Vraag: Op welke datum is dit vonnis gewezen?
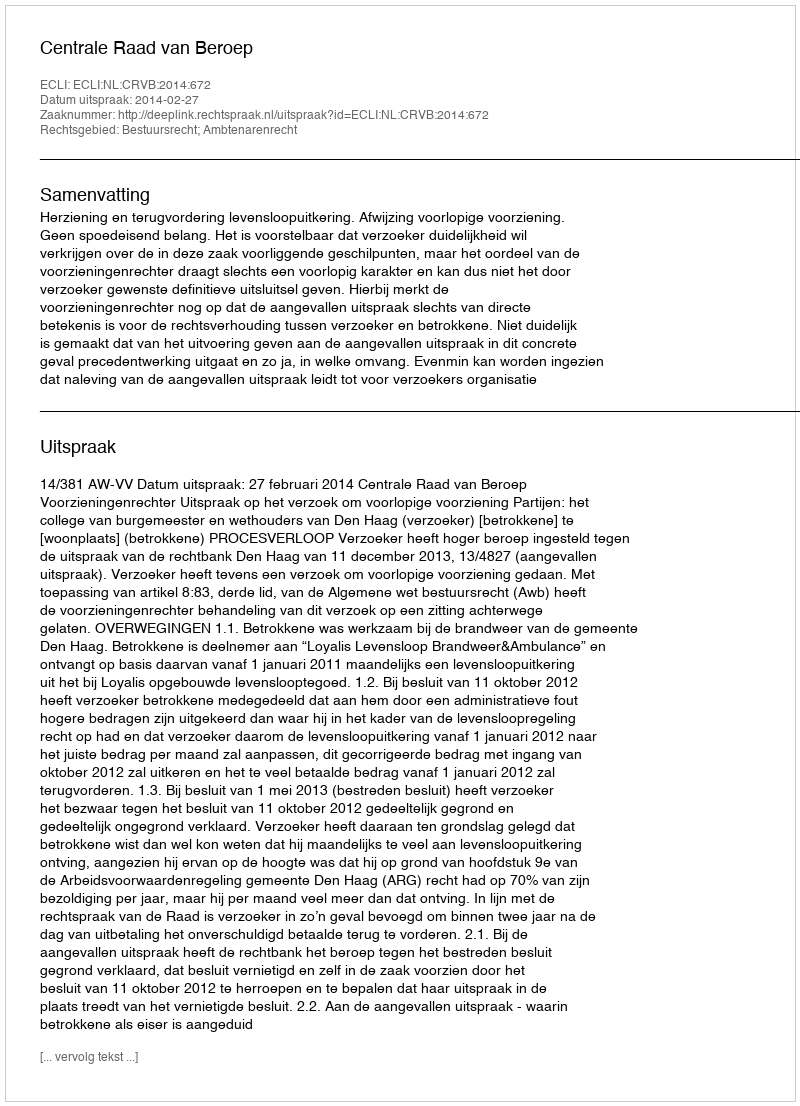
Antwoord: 2014-02-27